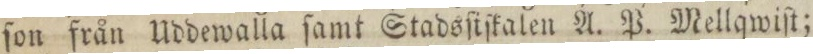
ſon från Uddewalla ſamt Stadsſiſkalen A. P. Mellqwiſt;